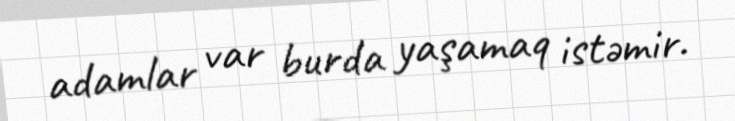
adamlar var burda yaşamaq istəmir.